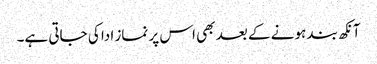
آنکھ بند ہونے کے بعد بھی اس پر نماز ادا کی جاتی ہے۔